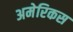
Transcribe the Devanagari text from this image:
अमेरिकस